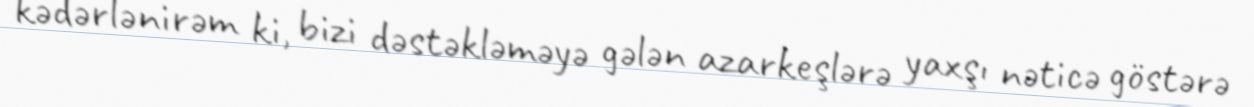
kədərlənirəm ki, bizi dəstəkləməyə gələn azarkeşlərə yaxşı nəticə göstərə